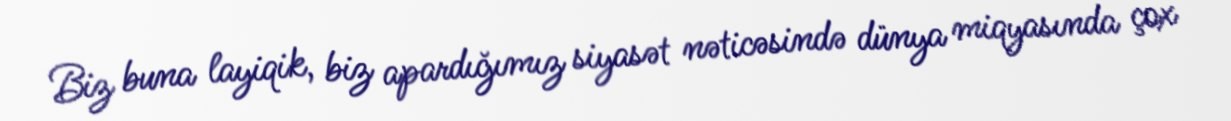
Biz buna layiqik, biz apardığımız siyasət nəticəsində dünya miqyasında çox